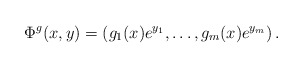
\begin{align*}\Phi^g(x,y)=(g_1(x)e^{y_1},\dots,g_m(x)e^{y_m})\,.\end{align*}